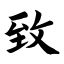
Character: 致